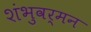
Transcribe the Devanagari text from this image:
शंभुवर्मन